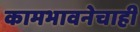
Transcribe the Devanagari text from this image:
कामभावनेचाही